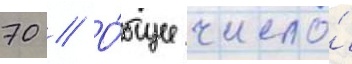
70 // О́бщее число́